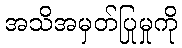
အသိအမှတ်ပြုမှုကို